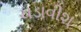
ચડાવીશ